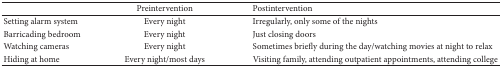
<table><thead><tr><td><b> </b></td><td><b>Preintervention</b></td><td><b>Postintervention</b></td></tr></thead><tbody><tr><td>Setting alarm system</td><td>Every night</td><td>Irregularly, only some of the nights</td></tr><tr><td>Barricading bedroom</td><td>Every night</td><td>Just closing doors</td></tr><tr><td>Watching cameras</td><td>Every night</td><td>Sometimes briefly during the day/watching movies at night to relax</td></tr><tr><td>Hiding at home</td><td>Every night/most days</td><td>Visiting family, attending outpatient appointments, attending college</td></tr></tbody></table>